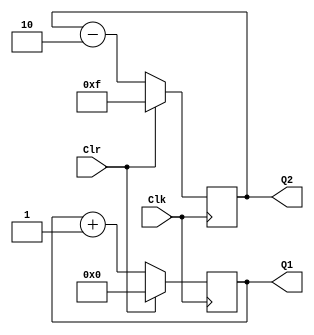
// Ch08 cnt1.v
// WPUp

module cnt1 (Clk,Clr,Q1,Q2);
input  Clk,Clr;		// @J
output [3:0] Q1,Q2;	// |X 
reg    [3:0] Q1,Q2;	// is

// Wto, WtPBM, Wp
always@ (posedge Clk) 
  if (Clr)  Q1 = 0;
  else 	    Q1 = Q1 + 1;

// Wto, WtPBM, GUp
always@ (posedge Clk) 
  if (Clr)  Q2 = 15;
  else 	    Q2 = Q2 - 2;

endmodule